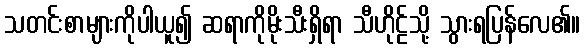
သတင်းစာများကိုပါယူ၍ ဆရာကိုမိုးသီးရှိရာ သီဟိုဠ်သို့ သွားရပြန်လေ၏။